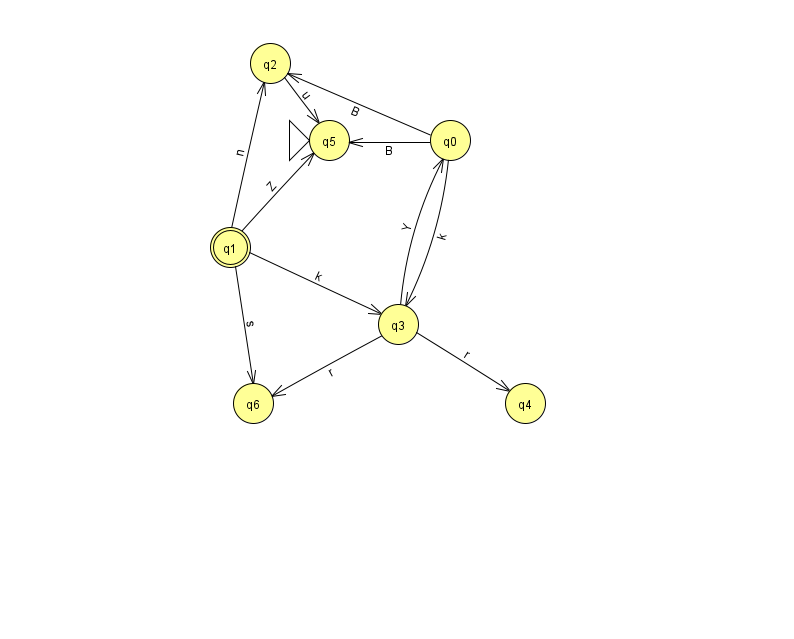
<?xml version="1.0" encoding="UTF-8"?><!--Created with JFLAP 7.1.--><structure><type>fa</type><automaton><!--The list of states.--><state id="0" name="q0"><x>450.0</x><y>127.0</y></state><state id="1" name="q1"><x>230.0</x><y>234.0</y><final/></state><state id="2" name="q2"><x>270.0</x><y>50.0</y></state><state id="3" name="q3"><x>398.0</x><y>311.0</y></state><state id="4" name="q4"><x>525.0</x><y>390.0</y></state><state id="5" name="q5"><x>329.0</x><y>127.0</y><initial/></state><state id="6" name="q6"><x>253.0</x><y>390.0</y></state><!--The list of transitions.--><transition><from>0</from><to>5</to><read>B</read></transition><transition><from>1</from><to>6</to><read>s</read></transition><transition><from>3</from><to>6</to><read>r</read></transition><transition><from>1</from><to>2</to><read>n</read></transition><transition><from>0</from><to>3</to><read>k</read></transition><transition><from>1</from><to>3</to><read>k</read></transition><transition><from>1</from><to>5</to><read>Z</read></transition><transition><from>0</from><to>2</to><read>B</read></transition><transition><from>3</from><to>0</to><read>Y</read></transition><transition><from>3</from><to>4</to><read>r</read></transition><transition><from>2</from><to>5</to><read>u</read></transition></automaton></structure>